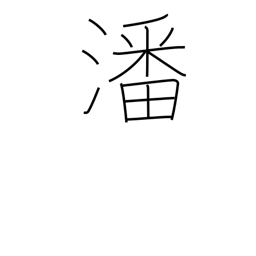
Meaning: water in which rice has been washed